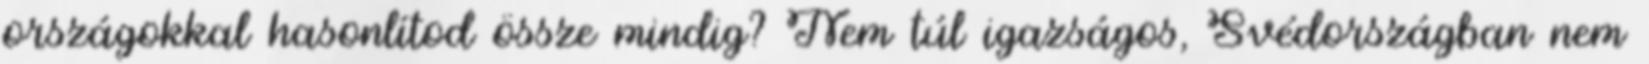
országokkal hasonlítod össze mindig? Nem túl igazságos, Svédországban nem